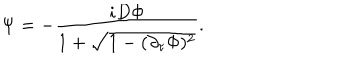
LaTeX: \Psi = - { \frac { i D \Phi } { 1 + \sqrt { 1 - ( \partial _ { \tau } \Phi ) ^ { 2 } } } } .